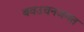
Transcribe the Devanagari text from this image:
बवउचनजमत